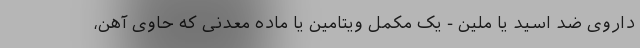
داروی ضد اسید یا ملین - یک مکمل ویتامین یا ماده معدنی که حاوی آهن،